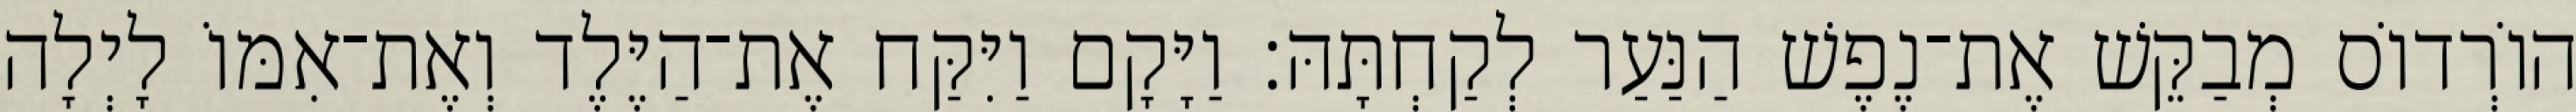
הוֹרְדוֹס מְבַקֵּשׁ אֶת־נֶפֶשׁ הַנַּעַר לְקַחְתָּהּ׃ וַיָּקָם וַיִּקַּח אֶת־הַיֶּלֶד וְאֶת־אִמּוֹ לָיְלָה